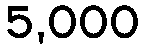
5,000